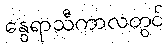
နွေရာသီကာလတွင်